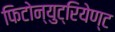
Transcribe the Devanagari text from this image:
फिटोन्युट्रियेण्ट